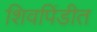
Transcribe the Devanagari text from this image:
शिवपिंडीत